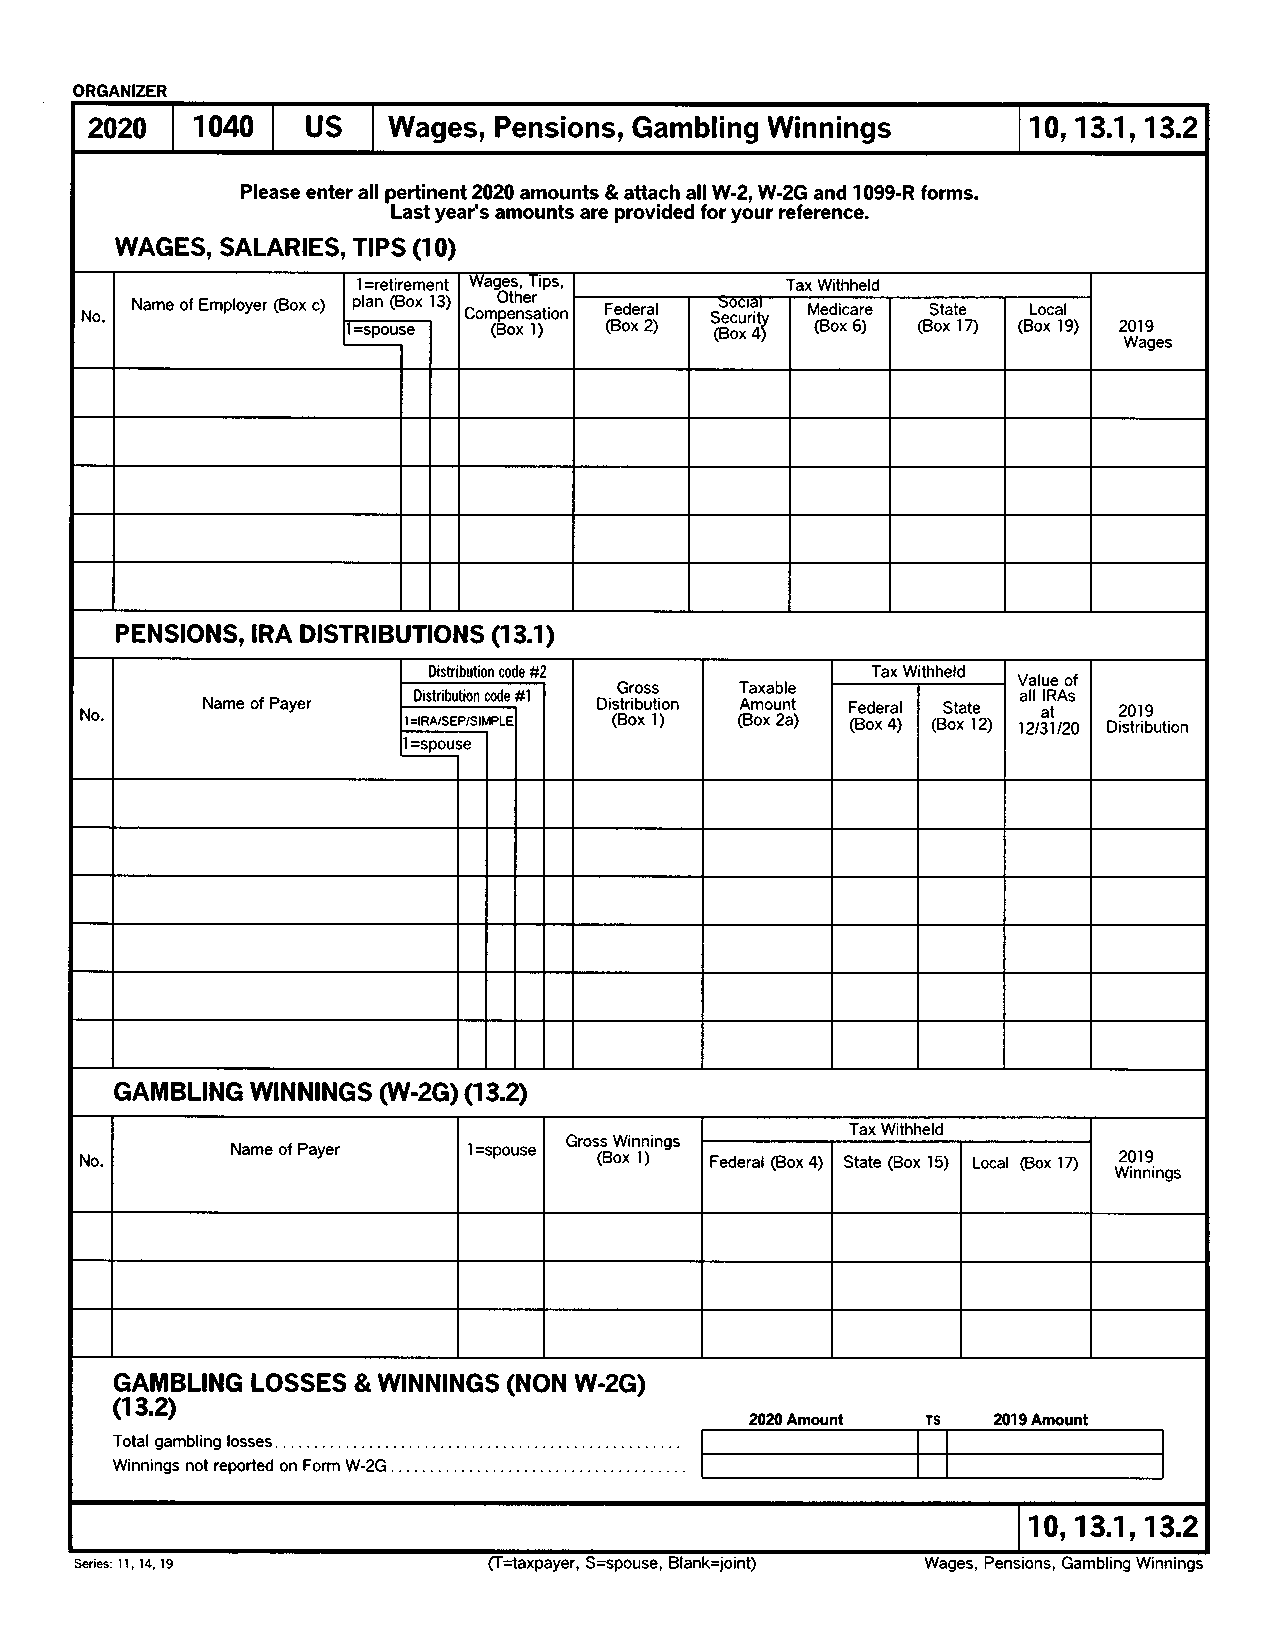
ORGANIZER
 2020   1040   US    Wages, Pensions, Gambling Winnings        10, 13.1 ,13.2
 Please enter all pertinent 2020 amounts & attach all W-2, W-2G and 1099-R forms.
 Last year's amounts are provided for your reference.
 WAGES, SALAR|ES, TIPS (10)
 wages, Ttps,         Tax Withheld
 No. Name of Employer (Box c) Com (BO pe oth n xe s Ir a )tion F (Be od xe r 2a )l S (Be ocu
 x
 r 4ity
 )
 M (Bed oi xc a 6r )e (BS ot xa t 1e
 7)
 (BL oo xc a 1l
 9) 2019
 Wages
 PENSIONS, tRA D|STRIBUTIONS (1 3.1)
 Distribution code #2          Tax Withheld Value of
 No.     Name of Payer IDistribution code #l Di (sG Btr oir bo xus ts Ii o )n (T A Ba m ox xoa ub 2nl ae t ) F (Be od xe r 4a )l (BS ot xa te 12) 1a 2ll t 3alR 1tA t2s 0 Di2 s0 tr1 ib9 ution
 GAMBLING WINNINGS (W-2Gr(1 3.2)
 Tax Withheld
 Gross Winnings
 No.       Name of Payer   1 =spouse (Box 1) Federal (Box 4) State (Box 15) Local (Box lD 2019
 Winnings
 GAMBLING LOSSES &WNNINGS  (NON W-2c)
 (1 3.2)
 20m Amount TS   2019 Amount
 Total gambling losses
 Winnings not reported on Form W-2G
 10, 13.1 ,13.2
 Series: I l, 14, 19